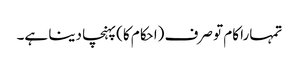
تمہارا کام تو صرف (احکام کا) پہنچا دینا ہے۔